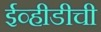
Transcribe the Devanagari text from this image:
ईव्हीडीची